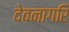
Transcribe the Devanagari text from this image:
देवनागरि